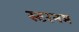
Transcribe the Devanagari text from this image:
स्टरनम